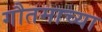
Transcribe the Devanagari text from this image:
गौतमाच्या